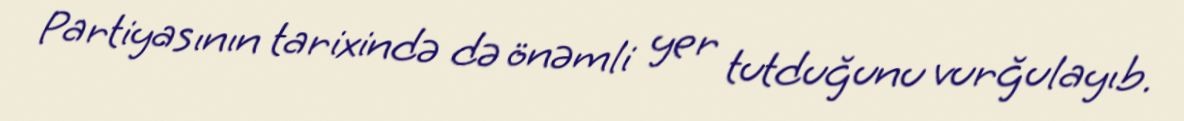
Partiyasının tarixində də önəmli yer tutduğunu vurğulayıb.